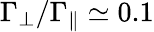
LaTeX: \Gamma_{\perp}/\Gamma_{\parallel}\simeq 0.1